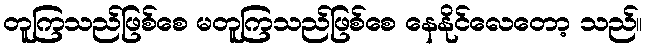
တူကြသည်ဖြစ်စေ မတူကြသည်ဖြစ်စေ နေနိုင်လေတော့ သည်။